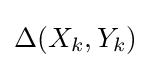
\Delta (X_{k},Y_{k})